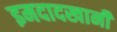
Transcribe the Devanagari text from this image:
इमदादखानी